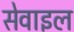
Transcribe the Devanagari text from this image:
सेवाइल